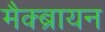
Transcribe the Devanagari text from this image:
मैक्ब्रायन